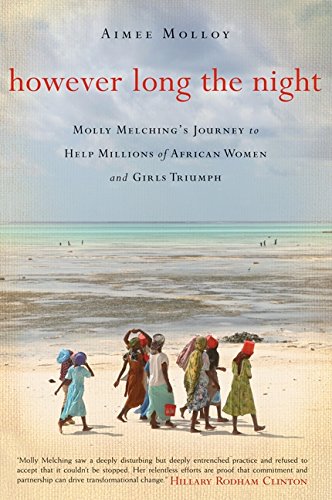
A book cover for However Long the Night: Molly Melching's Journey to Help Millions of African Women and Girls Triumph; Aimee Molloy; Biographies & Memoirs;